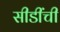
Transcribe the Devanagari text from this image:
सीडींची